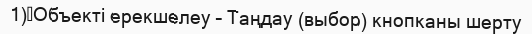
1)	Объекті ерекшелеу – Таңдау (выбор) кнопканы шерту